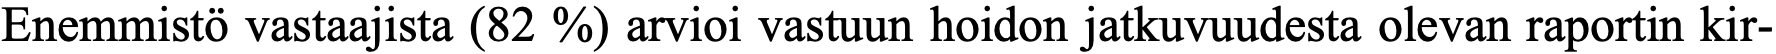
Enemmistö vastaajista (82 %) arvioi vastuun hoidon jatkuvuudesta olevan raportin kir-